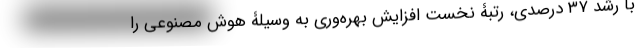
با رشد ۳۷ درصدی، رتبۀ نخست افزایش بهره‌وری به وسیلۀ هوش مصنوعی را